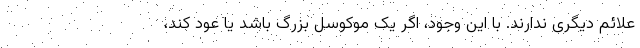
علائم دیگری ندارند. با این وجود، اگر یک موکوسل بزرگ باشد یا عود کند،